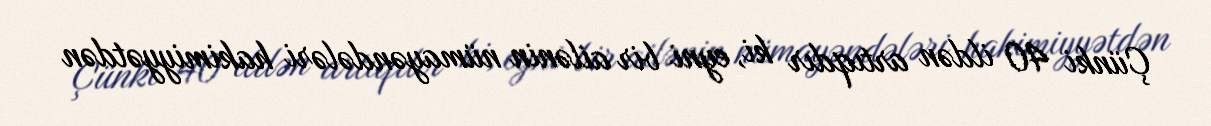
Çünki 40 ildən artıqdır ki, eyni bir ailənin nümayəndələri hakimiyyətdən